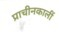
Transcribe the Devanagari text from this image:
प्राचीनकालीं